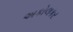
અકોલકર